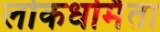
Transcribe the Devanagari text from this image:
लोकधर्मिता